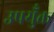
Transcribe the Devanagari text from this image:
उपयुँक्त